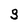
Character: S